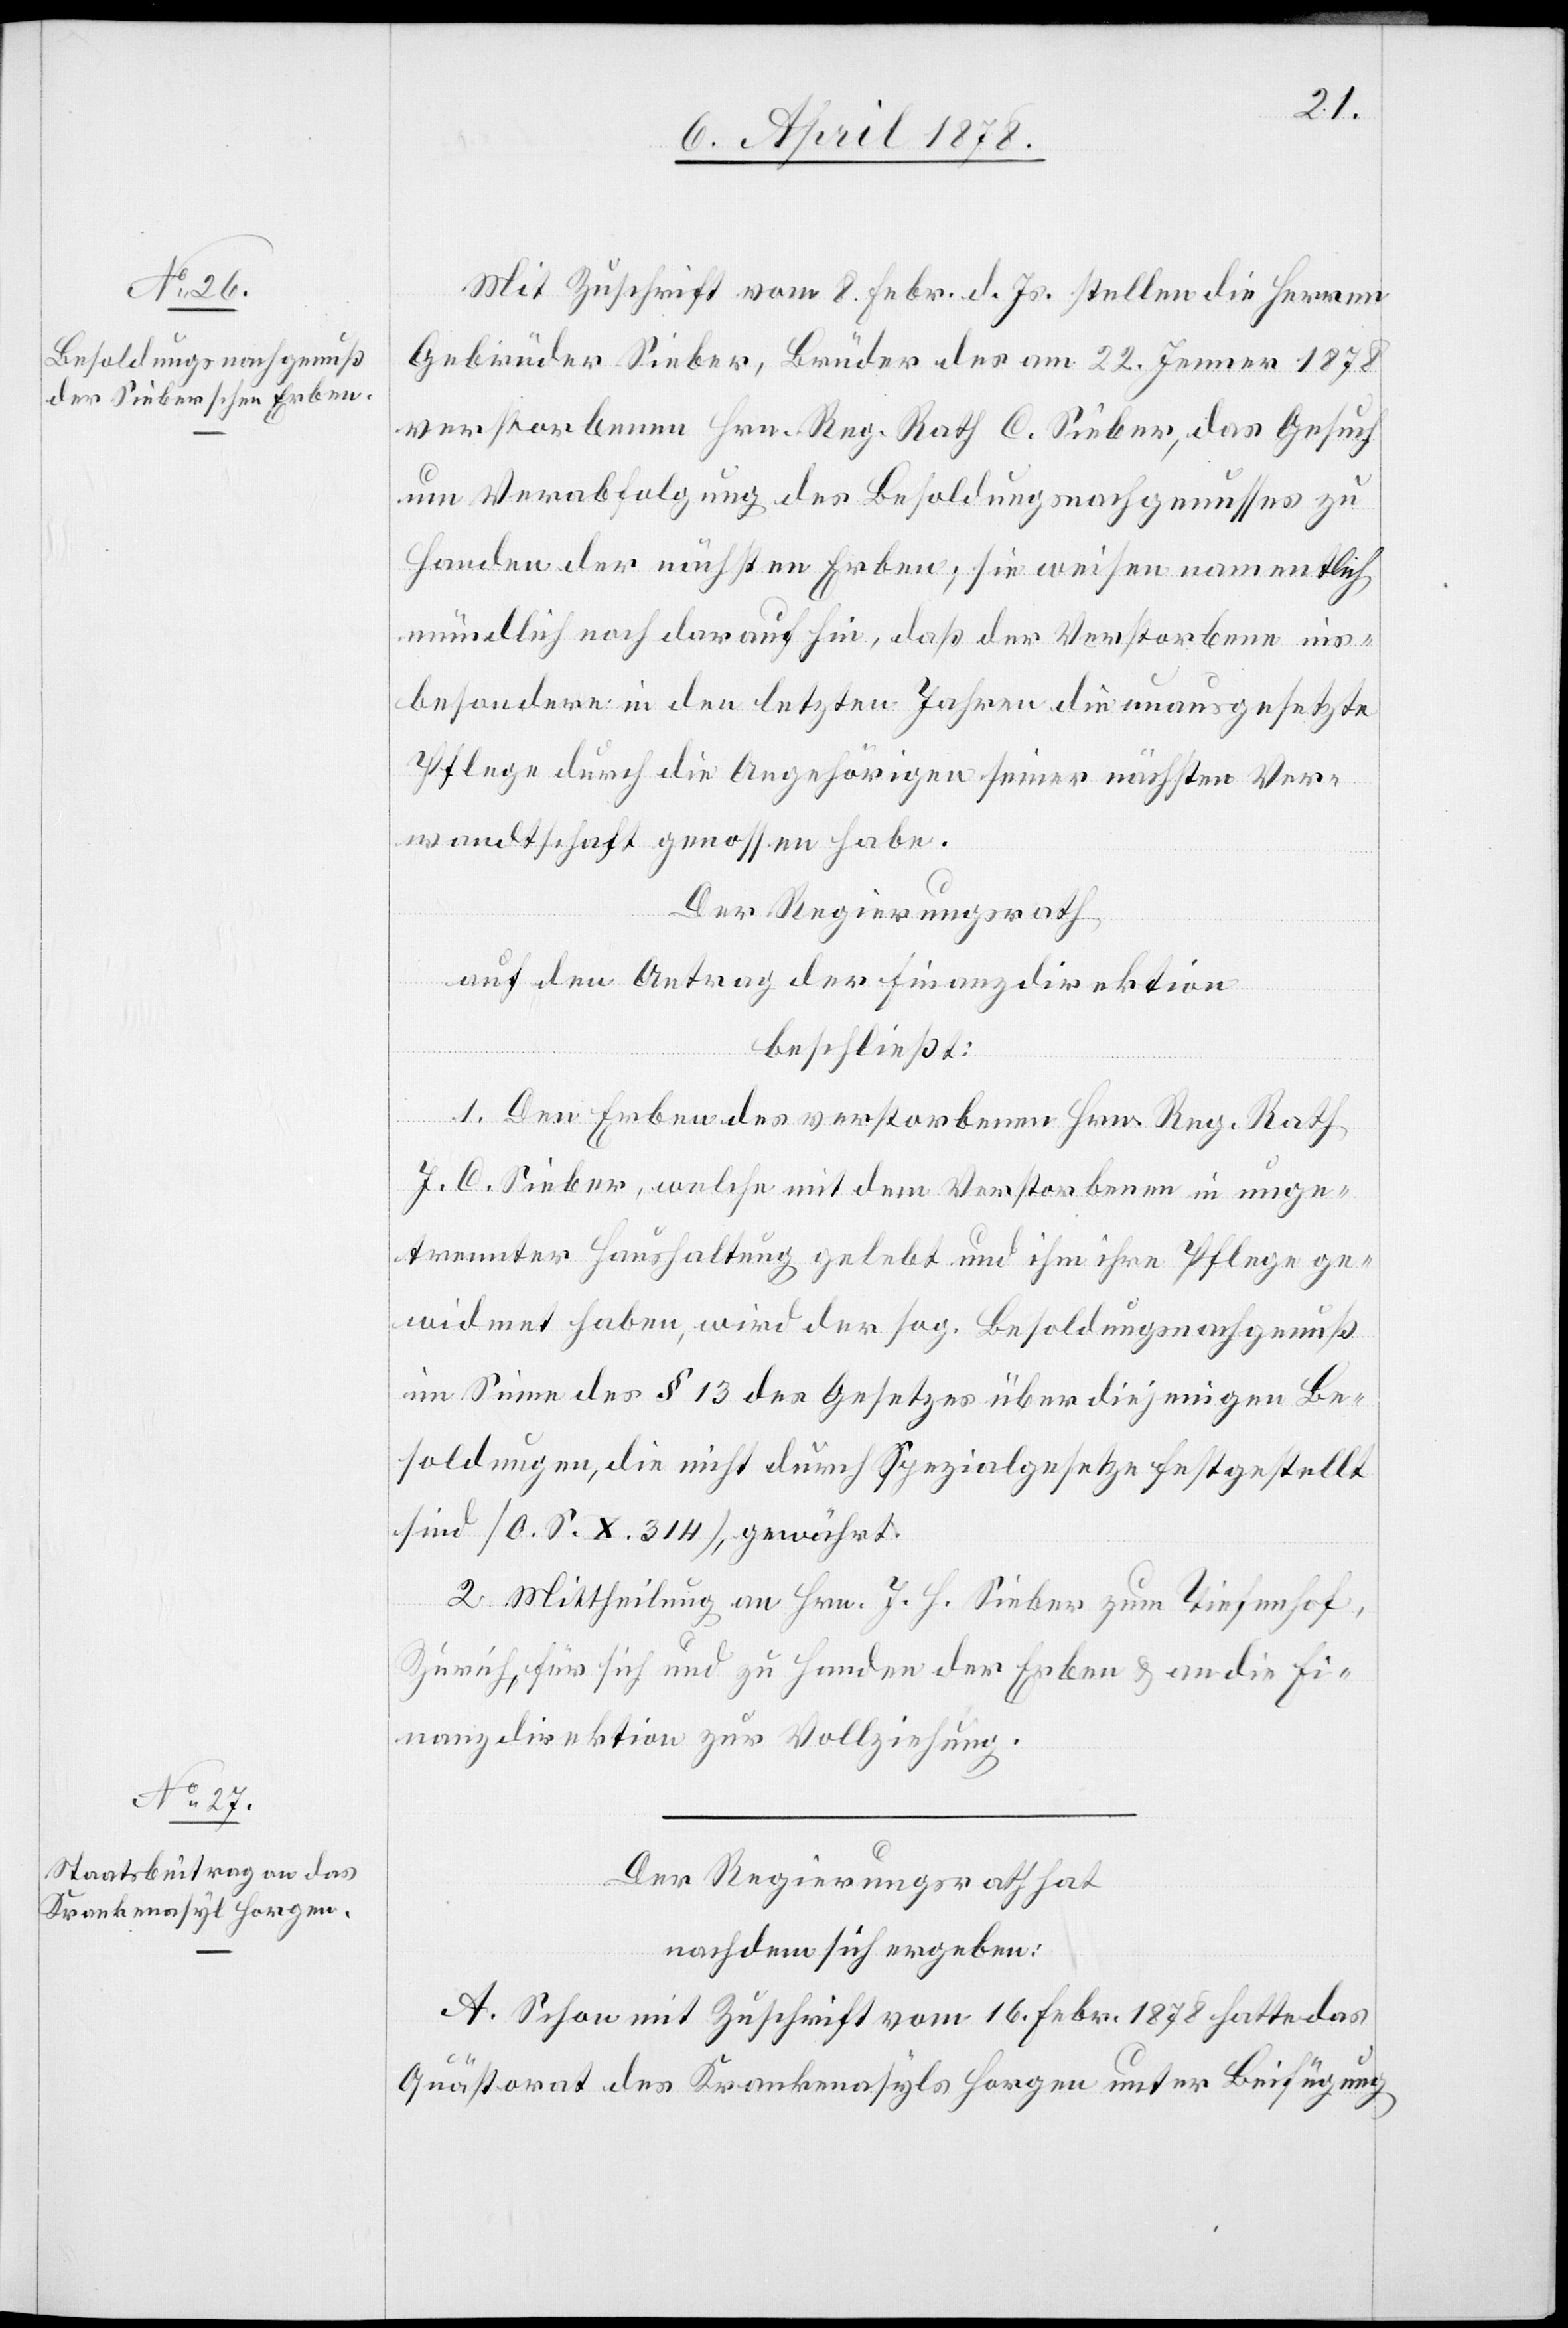
Mit Zuschrift vom 8. Febr. d. Js. stellen die Herren
Gebrüder Sieber, Brüder des am 22. Jenner 1878
verstorbenen Hrn. Reg. Rath C. Sieber, das Gesuch
um Verabfolgung des Besoldungsnachgenusses zu
Handen der nächsten Erben; sie weisen namentlich
mündlich noch darauf hin, daß der Verstorbene ins¬
besondere in den letzten Jahren die unausgesetzte
Pflege durch die Angehörigen seiner nächsten Ver¬
wandtschaft genossen habe.
Der Regierungsrath
auf den Antrag der Finanzdirektion
beschließt:
1. Den Erben des verstorbenen Hrn. Reg. Rath
J. C. Sieber, welche mit dem Verstorbenen in unge¬
trennter Haushaltung gelebt und ihm ihre Pflege ge¬
widmet haben, wird der sog. Besoldungsnachgenuß
im Sinne des § 13 des Gesetzes über diejenigen Be¬
soldungen, die nicht durch Spezialgesetze festgestellt
sind [O. S. X. 314], gewährt.
2. Mittheilung an Hrn. J. H. Sieber zum Tiefenhof,
Zürich für sich und zu Handen der Erben & an die Fi¬
nanzdirektion zur Vollziehung.